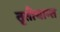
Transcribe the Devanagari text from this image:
तृतीयान्त